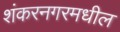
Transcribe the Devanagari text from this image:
शंकरनगरमधील